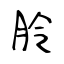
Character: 朎